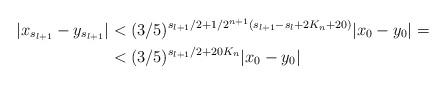
LaTeX: \begin{align*}|x_{s_{l+1}} - y_{s_{l+1}}| &< (3/5)^{s_{l+1}/2 + 1/2^{n+1}(s_{l+1} - s_l + 2K_n + 20)} |x_0 - y_0| =\\&< (3/5)^{s_{l+1}/2 + 20K_n} |x_0 - y_0|\end{align*}